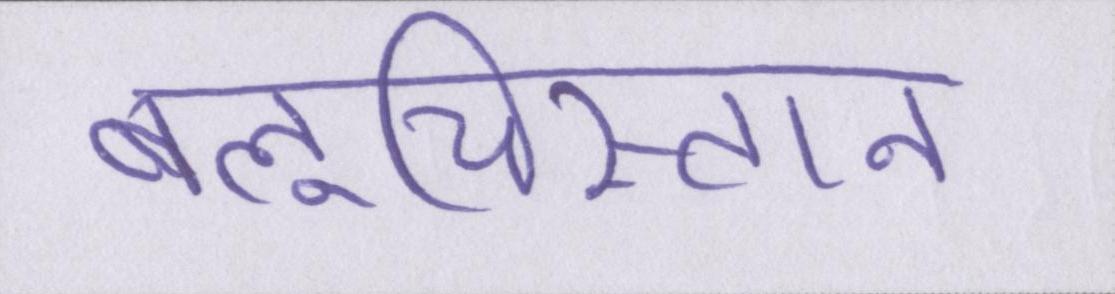
बलूचिस्तान